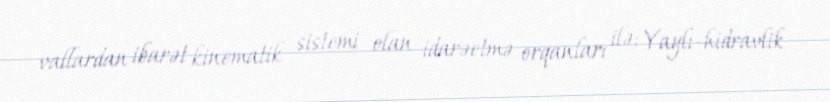
vallardan ibarət kinematik sistemi olan idarəetmə orqanları ilə; Yaylı-hidravlik